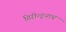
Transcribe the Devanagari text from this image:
गिरीन्द्रनाथ